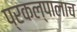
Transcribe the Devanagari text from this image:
प्रकल्पालाच